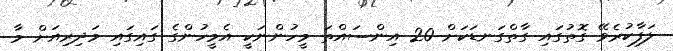
ލަފާކުރެވޭ ގޮތުގައި ގާތްގަނޑަކަށް 20 އިންސައްތަ މީހުންނަކީ އެމީހުންގެ ގައިގައި މަދިރިއަށް މާ